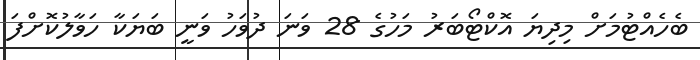
ބެހެއްޓުމަށް މިދިޔަ އޮކްޓޯބަރު މަހުގެ 28 ވަނަ ދުވަހު ވަނީ ބަޔަކާ ހަވާލުކޮށްފަ